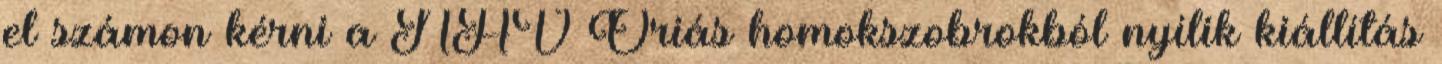
el számon kérni a NAV Óriás homokszobrokból nyílik kiállítás